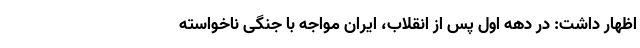
اظهار داشت: در دهه اول پس از انقلاب، ایران مواجه با جنگی ناخواسته